Indian journal of veterinary science and animal husbandry - Volume 11,
Year: 1941
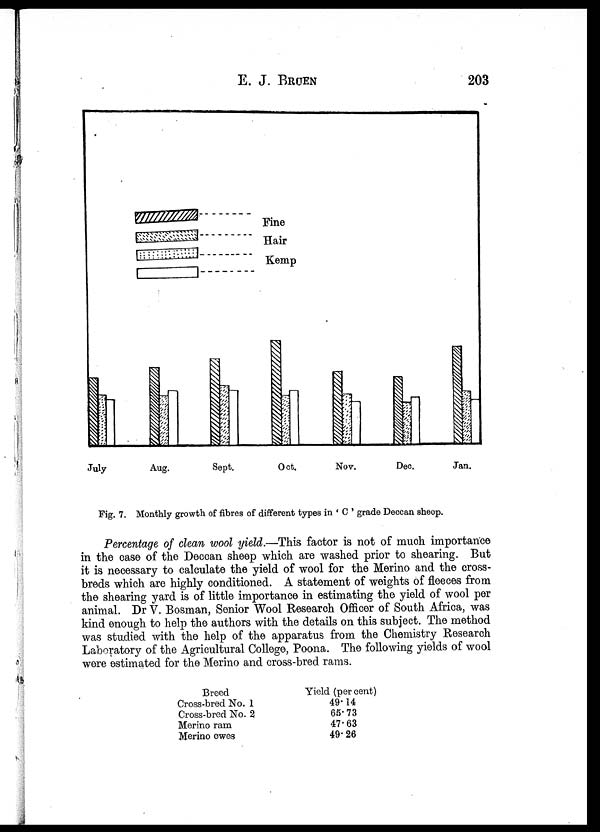
E. J. BRUEN 203
Fig. 7. Monthly growth of fibres of different types in ' C ' grade Deccan sheep.
Percentage of clean wool yield.—This factor is not of much importance
in the case of the Deccan sheep which are washed prior to shearing. But
it is necessary to calculate the yield of wool for the Merino and the cross¬
breds which are highly conditioned. A statement of weights of fleeces from
the shearing yard is of little importance in estimating the yield of wool per
animal. Dr V. Bosman, Senior Wool Research Officer of South Africa, was
kind enough to help the authors with the details on this subject. The method
was studied with the help of the apparatus from the Chemistry Research
Laboratory of the Agricultural College, Poona. The following yields of wool
were estimated for the Merino and cross-bred rams.
Breed
Cross-bred No. 1
Cross-bred No. 2
Merino ram
Merino ewes
Yield (per cent)
49.14
65.73
47.63
49.26